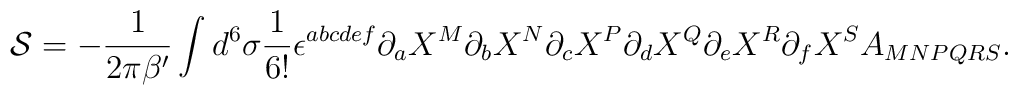
{\cal S} = - {1 \over 2 \pi \beta'} \int d^6\sigma {1 \over 6!}\epsilon^{abcdef} \partial_a X^M \partial_b X^N \partial_c X^P \partial_dX^Q \partial_e X^R \partial_f X^S A_{MNPQRS}.